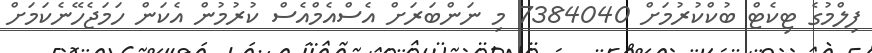
ފިލްމުގެ ޓިކެޓް ބުކްކުރުމަށް 7384040 މި ނަންބަރަށް އެސްއެމްއެސް ކުރުމުން އެކަން ހަމަޖެހޭނެކަމަށް